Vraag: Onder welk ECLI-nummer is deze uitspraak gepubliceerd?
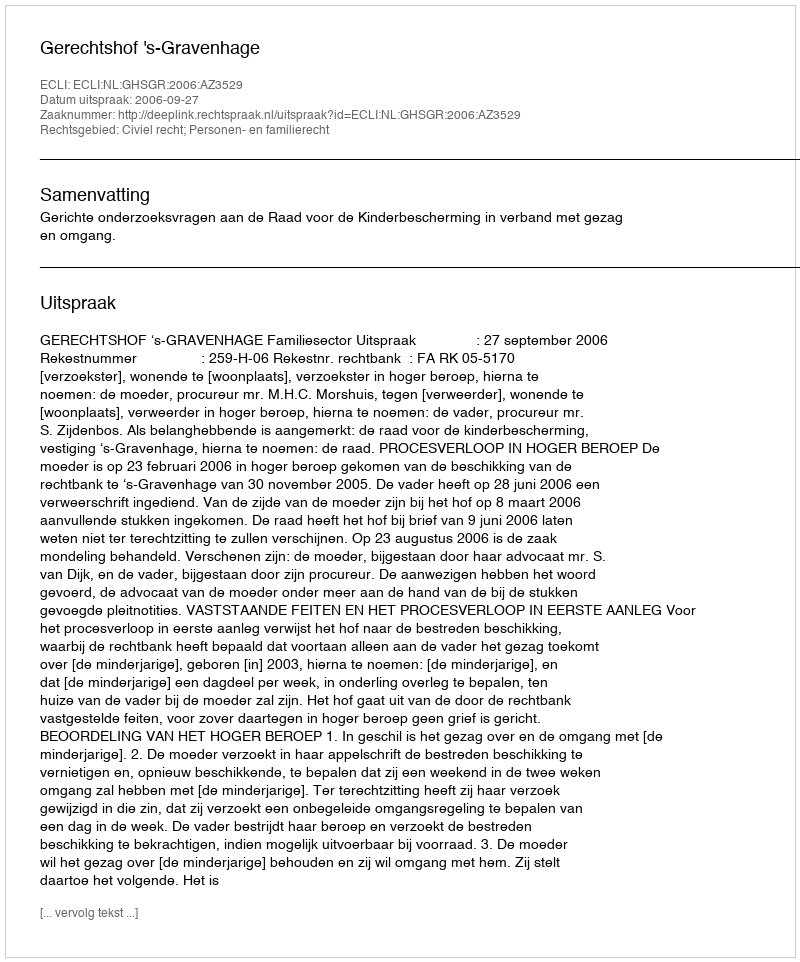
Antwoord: ECLI:NL:GHSGR:2006:AZ3529